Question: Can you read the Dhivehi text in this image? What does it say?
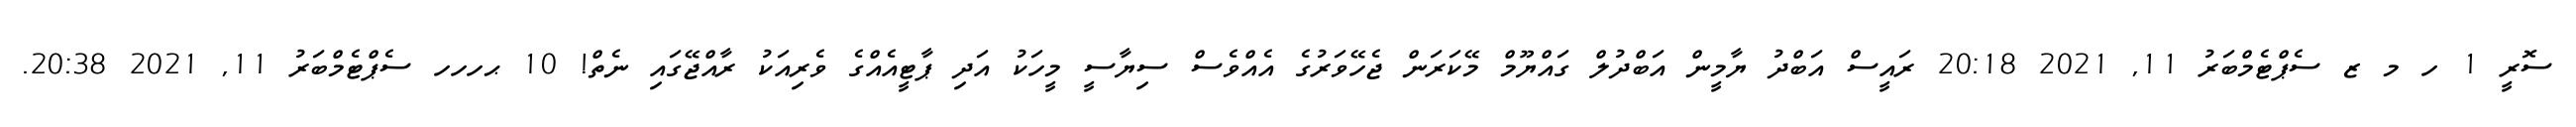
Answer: ސޮރީ 1 ހ މ ޒ ސެޕްޓެމްބަރު 11, 2021 20:18 ރައީސް އަބްދު ޔާމީން އަބްދުލް ގައްޔޫމް މޭކަރަން ޖެހޭވަރުގެ އެއްވެސް ސިޔާސީ މީހަކު އަދި ޕާޓީއެއްގެ ވެރިއަކު ރާއްޖޭގައި ނެތް! 10 ޙހހހ ސެޕްޓެމްބަރު 11, 2021 20:38.